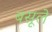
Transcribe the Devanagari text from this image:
बसूले